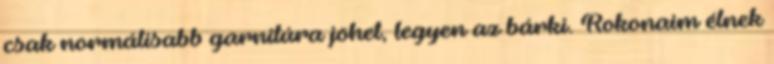
csak normálisabb garnitúra jöhet, legyen az bárki. Rokonaim élnek